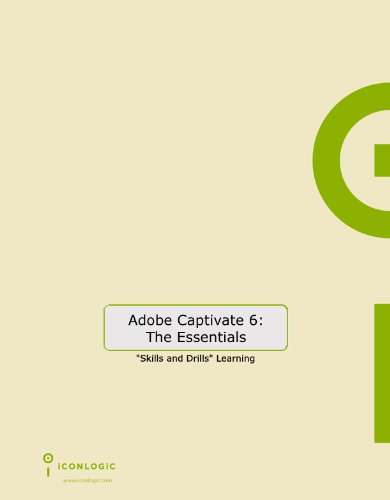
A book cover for Adobe Captivate 6: The Essentials; Kevin A. Siegel; Computers & Technology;